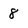
Character: 8